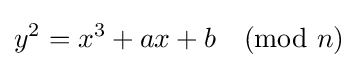
y^{2}=x^{3}+ax+b{\pmod {n}}